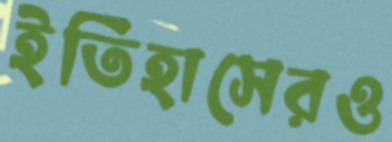
ইতিহাসেরও